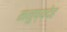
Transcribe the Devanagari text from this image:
मनुष्यदेह